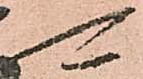
可